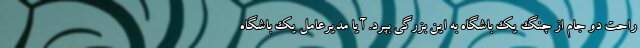
راحت دو جام از چنگ یک باشگاه به این بزرگی بپرد. آیا مدیرعامل یک باشگاه